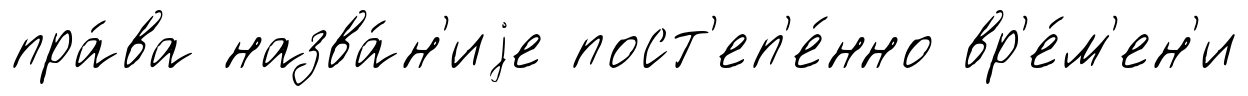
пра́ва назва́н'иjе пост'еп'е́нно вр'е́м'ен'и